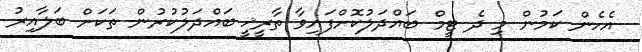
އެހެން ކަމުން މި ދެ ޓީމް ބައްދަލުކޮށްފައިވާ ތާރީޚީ ބައްދަލުކުރުން ތަކަށް ބަލާއިރު